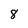
Character: 8